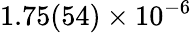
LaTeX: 1.75(54)\times 10^{-6}